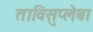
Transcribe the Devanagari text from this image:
ताविसुप्लेबा